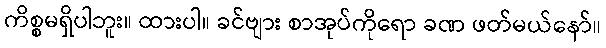
ကိစ္စမရှိပါဘူး။ ထားပါ။ ခင်ဗျား စာအုပ်ကိုရော ခဏ ဖတ်မယ်နော်။